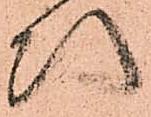
次